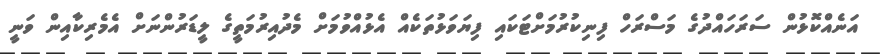
އަނެއްކޮޅުން ސަރަހައްދުގެ މަސްރަހް ފިނިކުރުމަށްޓަކައި ފިޔަވަޅުތަކެއް އެޅުއްވުމަށް މެދުއިރުމަތީގެ ލީޑަރުންނަށް އެމެރިކާއިން ވަނީ